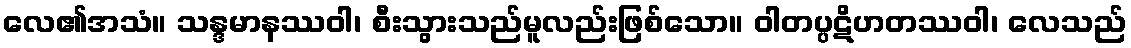
လေ၏အသံ။ သန္ဒမာနဿဝါ၊ စီးသွားသည်မူလည်းဖြစ်သော။ ဝါတပ္ပဋိဟတဿဝါ၊ လေသည်